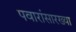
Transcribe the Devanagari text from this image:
पवारांसारख्या